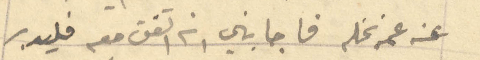
عنه عمه نخله فاجابني انه اتفق معه فليدبر